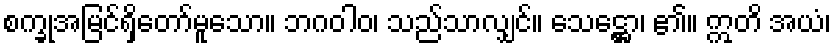
စက္ခုအမြင်ရှိတော်မူသော။ ဘဂဝါဝ၊ သည်သာလျှင်။ သေဋ္ဌော၊ ၏။ ဣတိ အယံ၊